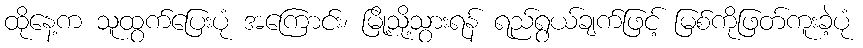
ထိုနေ့က သူထွက်ပြေးပုံ အကြောင်း၊ မြို့သို့သွားရန် ရည်ရွယ်ချက်ဖြင့် မြစ်ကိုဖြတ်ကူးခဲ့ပုံ